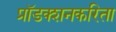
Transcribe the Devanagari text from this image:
प्रॉडक्शनकरिता